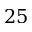
2 5